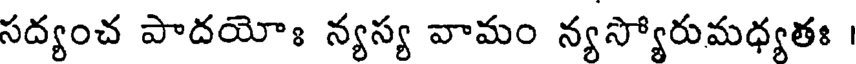
సద్యంచ పాదయోః న్యస్య వామం న్యస్యోరుమధ్యతః